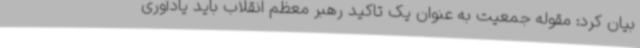
بیان کرد: مقوله جمعیت به عنوان یک تاکید رهبر معظم انقلاب باید یادآوری